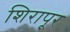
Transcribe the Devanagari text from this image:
शिरापूर